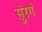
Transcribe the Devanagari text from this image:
सुंरगें